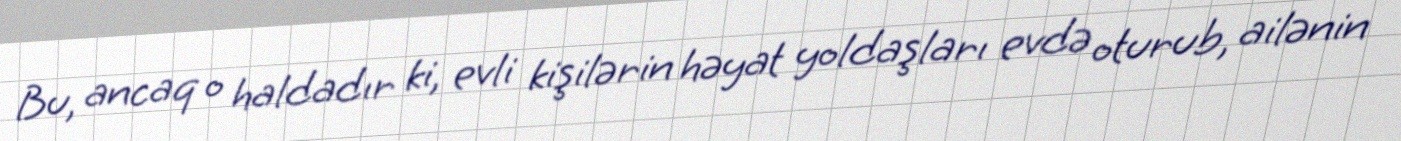
Bu, ancaq o haldadır ki, evli kişilərin həyat yoldaşları evdə oturub, ailənin